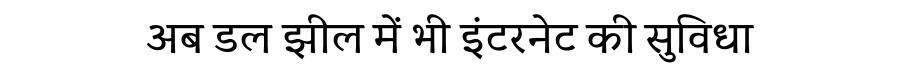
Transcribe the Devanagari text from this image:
अब डल झील में भी इंटरनेट की सुविधा